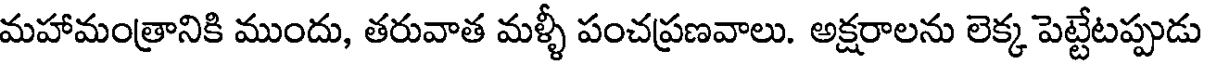
మహామంత్రానికి ముందు, తరువాత మళ్ళీ పంచప్రణవాలు. అక్షరాలను లెక్క పెట్టేటప్పుడు